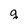
Character: g